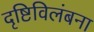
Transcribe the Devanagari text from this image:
दृष्टिविलंबना